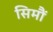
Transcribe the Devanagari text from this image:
सिमौं